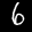
Label: 6